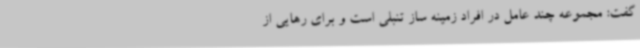
گفت: مجموعه چند عامل در افراد زمینه ساز تنبلی است و برای رهایی از